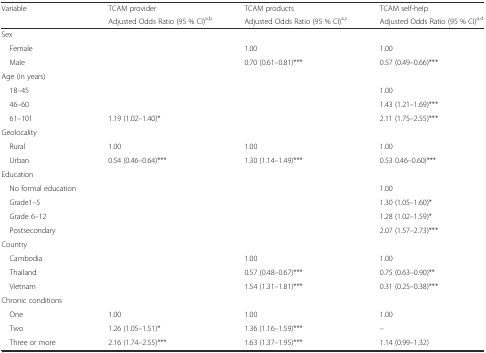
<table><thead><tr><td><b>Variable</b></td><td><b>TCAM provider</b></td><td><b>TCAM products</b></td><td><b>TCAM self-help</b></td></tr><tr><td></td><td><b>Adjusted Odds Ratio (95 % CI)<sup>a,b</sup></b></td><td><b>Adjusted Odds Ratio (95 % CI)<sup>a,c</sup></b></td><td><b>Adjusted Odds Ratio (95 % CI)<sup>a,d</sup></b></td></tr></thead><tbody><tr><td colspan="4">Sex</td></tr><tr><td> Female</td><td></td><td>1.00</td><td>1.00</td></tr><tr><td> Male</td><td></td><td>0.70 (0.61–0.81)***</td><td>0.57 (0.49–0.66)***</td></tr><tr><td colspan="4">Age (in years)</td></tr><tr><td> 18–45</td><td></td><td></td><td>1.00</td></tr><tr><td> 46–60</td><td></td><td></td><td>1.43 (1.21–1.69)***</td></tr><tr><td> 61–101</td><td>1.19 (1.02–1.40)*</td><td></td><td>2.11 (1.75–2.55)***</td></tr><tr><td colspan="4">Geolocality</td></tr><tr><td> Rural</td><td>1.00</td><td>1.00</td><td>1.00</td></tr><tr><td> Urban</td><td>0.54 (0.46–0.64)***</td><td>1.30 (1.14–1.49)***</td><td>0.53 0.46–0.60)***</td></tr><tr><td colspan="4">Education</td></tr><tr><td> No formal education</td><td></td><td></td><td>1.00</td></tr><tr><td> Grade1–5</td><td></td><td></td><td>1.30 (1.05–1.60)*</td></tr><tr><td> Grade 6–12</td><td></td><td></td><td>1.28 (1.02–1.59)*</td></tr><tr><td> Postsecondary</td><td></td><td></td><td>2.07 (1.57–2.73)***</td></tr><tr><td colspan="4">Country</td></tr><tr><td> Cambodia</td><td></td><td>1.00</td><td>1.00</td></tr><tr><td> Thailand</td><td></td><td>0.57 (0.48–0.67)***</td><td>0.75 (0.63–0.90)**</td></tr><tr><td> Vietnam</td><td></td><td>1.54 (1.31–1.81)***</td><td>0.31 (0.25–0.38)***</td></tr><tr><td colspan="4">Chronic conditions</td></tr><tr><td> One</td><td>1.00</td><td>1.00</td><td>1.00</td></tr><tr><td> Two</td><td>1.26 (1.05–1.51)*</td><td>1.36 (1.16–1.59)***</td><td>–</td></tr><tr><td> Three or more</td><td>2.16 (1.74–2.55)***</td><td>1.63 (1.37–1.95)***</td><td>1.14 (0.99–1.32)</td></tr></tbody></table>